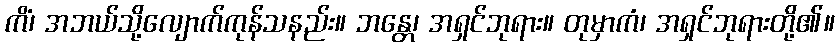
ကိံ၊ အဘယ်သို့လျောက်ကုန်သနည်း။ ဘန္တေ၊ အရှင်ဘုရား။ တုမှာကံ၊ အရှင်ဘုရားတို့၏။